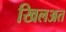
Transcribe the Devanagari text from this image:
खिलअत